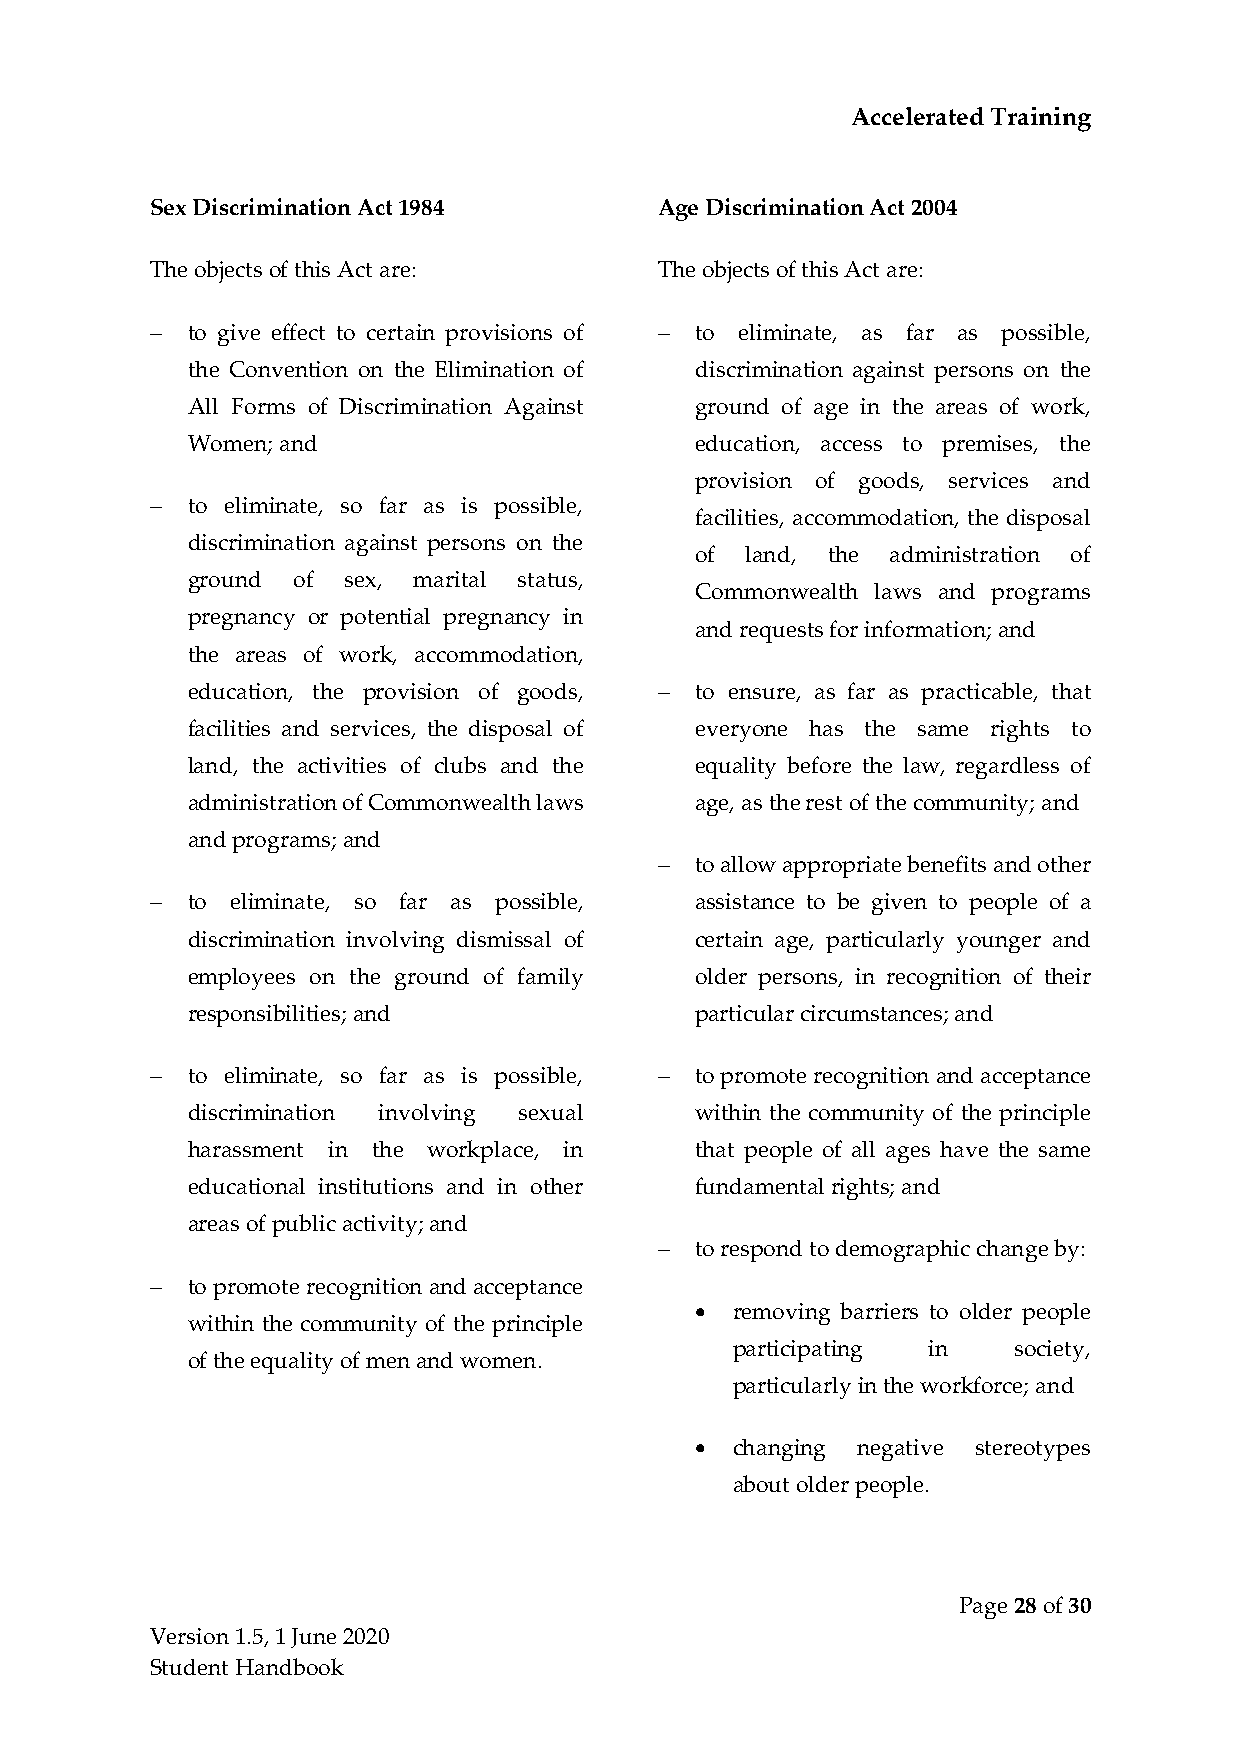
Accelerated Training
 Sex Discrimination Act 1984       Age Discrimination Act 2004
 The objects of this Act are:      The objects of this Act are:
 − to give effect to certain provisions of − to eliminate, as far as possible,
 the Convention on the Elimination of discrimination against persons on the
 All Forms of Discrimination Against ground of age in the areas of work,
 Women; and                        education, access to premises, the
 provision of goods, services and
 − to eliminate, so far as is possible,
 facilities, accommodation, the disposal
 discrimination against persons on the
 of land, the administration of
 ground of  sex, marital status,
 Commonwealth laws and programs
 pregnancy or potential pregnancy in
 and requests for information; and
 the areas of work, accommodation,
 education, the provision of goods, − to ensure, as far as practicable, that
 facilities and services, the disposal of everyone has the same rights to
 land, the activities of clubs and the equality before the law, regardless of
 administration of Commonwealth laws age, as the rest of the community; and
 and programs; and
 − to allow appropriate benefits and other
 − to eliminate, so far as possible, assistance to be given to people of a
 discrimination involving dismissal of certain age, particularly younger and
 employees on the ground of family older persons, in recognition of their
 responsibilities; and             particular circumstances; and
 − to eliminate, so far as is possible, − to promote recognition and acceptance
 discrimination involving sexual   within the community of the principle
 harassment in the workplace, in   that people of all ages have the same
 educational institutions and in other fundamental rights; and
 areas of public activity; and
 − to respond to demographic change by:
 − to promote recognition and acceptance
 • removing barriers to older people
 within the community of the principle
 participating in   society,
 of the equality of men and women.
 particularly in the workforce; and
 • changing negative stereotypes
 about older people.
 Page 28 of 30
 Version 1.5, 1 June 2020
 Student Handbook